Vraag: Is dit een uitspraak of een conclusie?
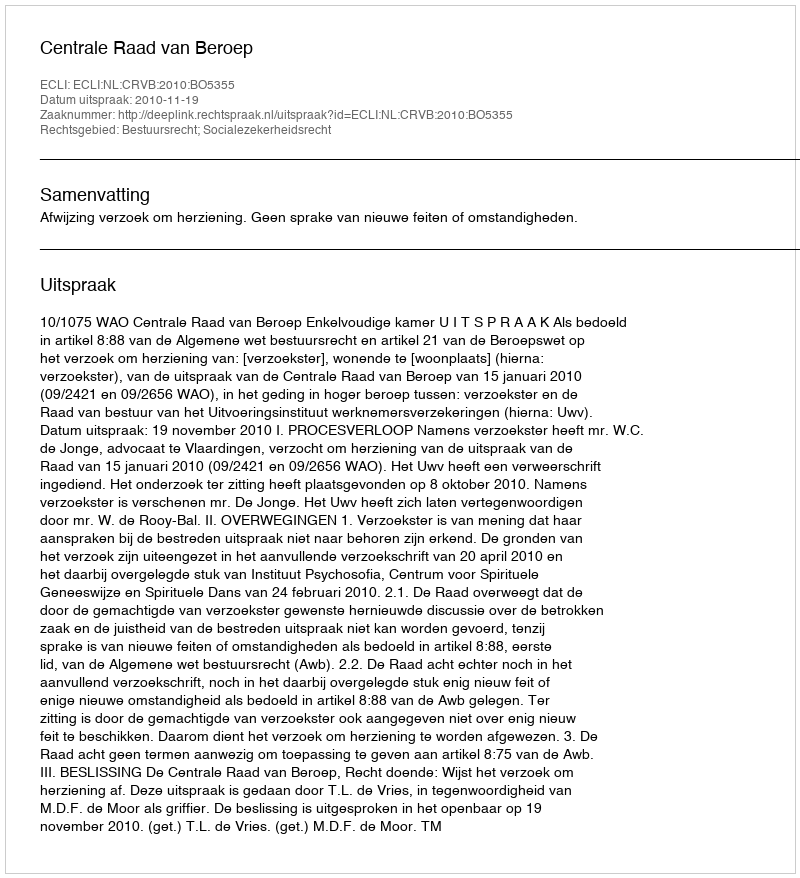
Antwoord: Uitspraak